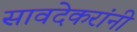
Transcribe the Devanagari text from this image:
सावदेकरांनी